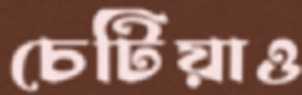
চেটিয়াও